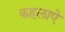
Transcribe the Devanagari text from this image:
कहलाऐ